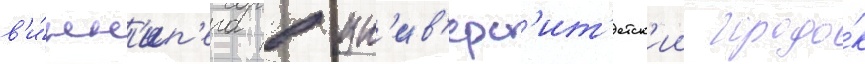
в'и́нн'ип'ега в ун'ив'ерс'ит'етск'ии городо́к